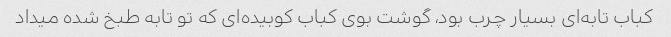
کباب تابه‌ای بسیار چرب بود، گوشت بوی کباب کوبیده‌ای که تو تابه طبخ شده میداد